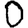
Digit: 0